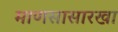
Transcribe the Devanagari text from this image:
माणसासारखा